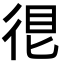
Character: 𢓼